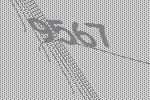
9567